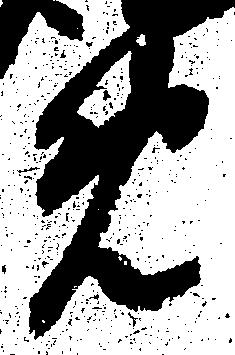
免